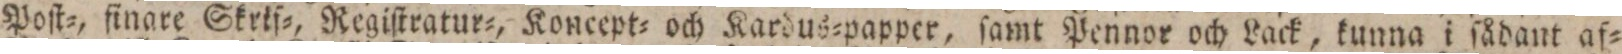
Poſt=, finare Skrif=, Regiſtratur=, Koncept= och Kardus=papper, ſamt Pennor och Lack, kunna i ſådant af=